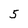
Character: 5